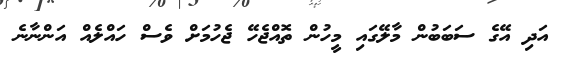
އަދި އޭގެ ސަބަބުން މާލޭގައި މީހުން ތޮއްޖެހޭ ޖެހުމަށް ވެސް ހައްލެއް އަންނާނެ